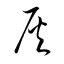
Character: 灰